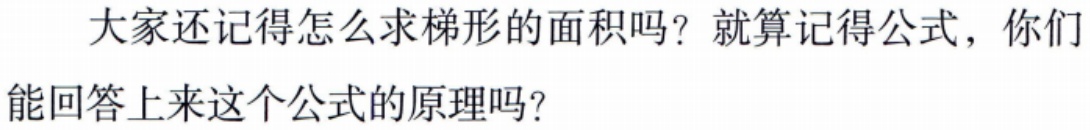
大家还记得怎么求梯形的面积吗？就算记得公式，你们能回答上来这个公式的原理吗？